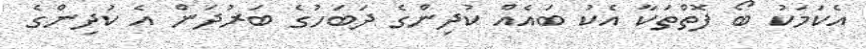
އެކަމަކު ބޯ ފޮތްތަކާ އެކު ބައެއް ކުދިންގެ ދަބަހުގެ ބަރުދަން އެ ކުދިންގެ